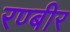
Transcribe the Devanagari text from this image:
रण्बीर